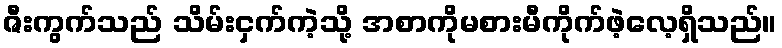
ဇီးကွက်သည် သိမ်းငှက်ကဲ့သို့ အစာကိုမစားမီကိုက်ဖဲ့လေ့ရှိသည်။